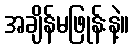
အချိန်မဖြုန်းနဲ့။